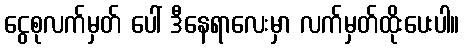
ငွေစုလက်မှတ် ပေါ် ဒီနေရာလေးမှာ လက်မှတ်ထိုးပေးပါ။